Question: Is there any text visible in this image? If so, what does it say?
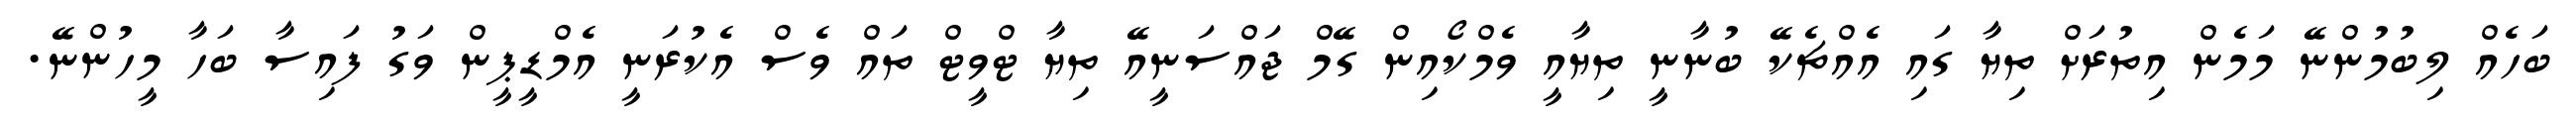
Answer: ބަހެއް ލިބުމުންނޭ މަމެން އިތުރަށް ތިޔާ ގައި އެއްޗެކޭ ބުނާނީ ތިޔާއީ ވެމްކޯއިން ގޭމް ޖައްސަނީއޭ ތިޔާ ޓްވީޓް ތައް ވެސް އެކުރަނީ އެމްޑީޕީން ވަގު ފައިސާ ބަހާ މީހުންނޭ.